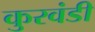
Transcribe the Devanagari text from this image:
कुरवंडी